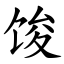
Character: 馂